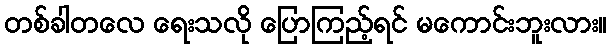
တစ်ခါတလေ ရေးသလို ပြောကြည့်ရင် မကောင်းဘူးလား။